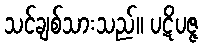
သင်ချစ်သားသည်။ ပဋိပဇ္ဇ